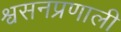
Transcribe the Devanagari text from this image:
श्वसनप्रणाली